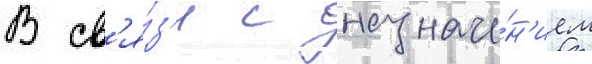
В св'я́з'и с назначе́н'ием